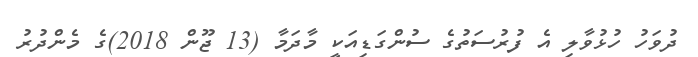
ދުވަހު ހުޅުވާލި އެ ފުރުސަތުގެ ސުންގަޑިއަކީ މާދަމާ (13 ޖޫން 2018)ގެ މެންދުރު